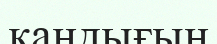
қандығын